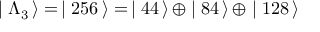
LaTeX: \mid \Lambda _ { 3 } \, \rangle = \, \mid 2 5 6 \, \rangle = \, \mid 4 4 \, \rangle \, \oplus \mid 8 4 \, \rangle \, \oplus \mid 1 2 8 \, \rangle